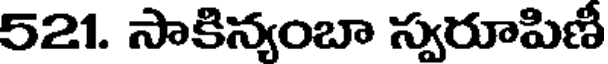
521. సాకిన్యంబా స్వరూపిణీ